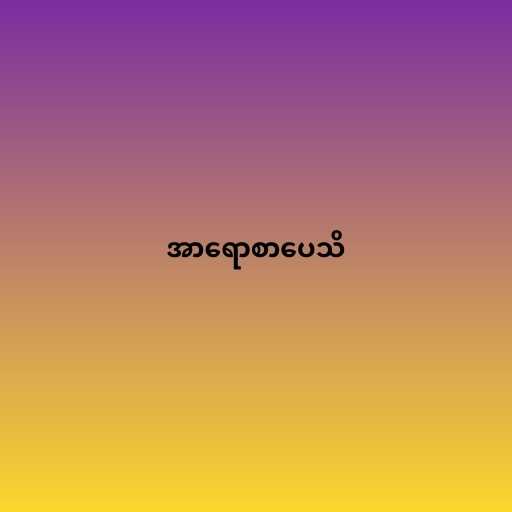
အာရောစာပေသိ